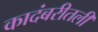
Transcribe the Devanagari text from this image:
कादंबरीतली